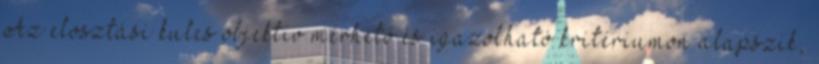
Az elosztási kulcs objektív mérhető és igazolható kritériumon alapszik,